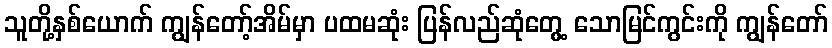
သူတို့နှစ်ယောက် ကျွန်တော့်အိမ်မှာ ပထမဆုံး ပြန်လည်ဆုံတွေ့ သောမြင်ကွင်းကို ကျွန်တော်